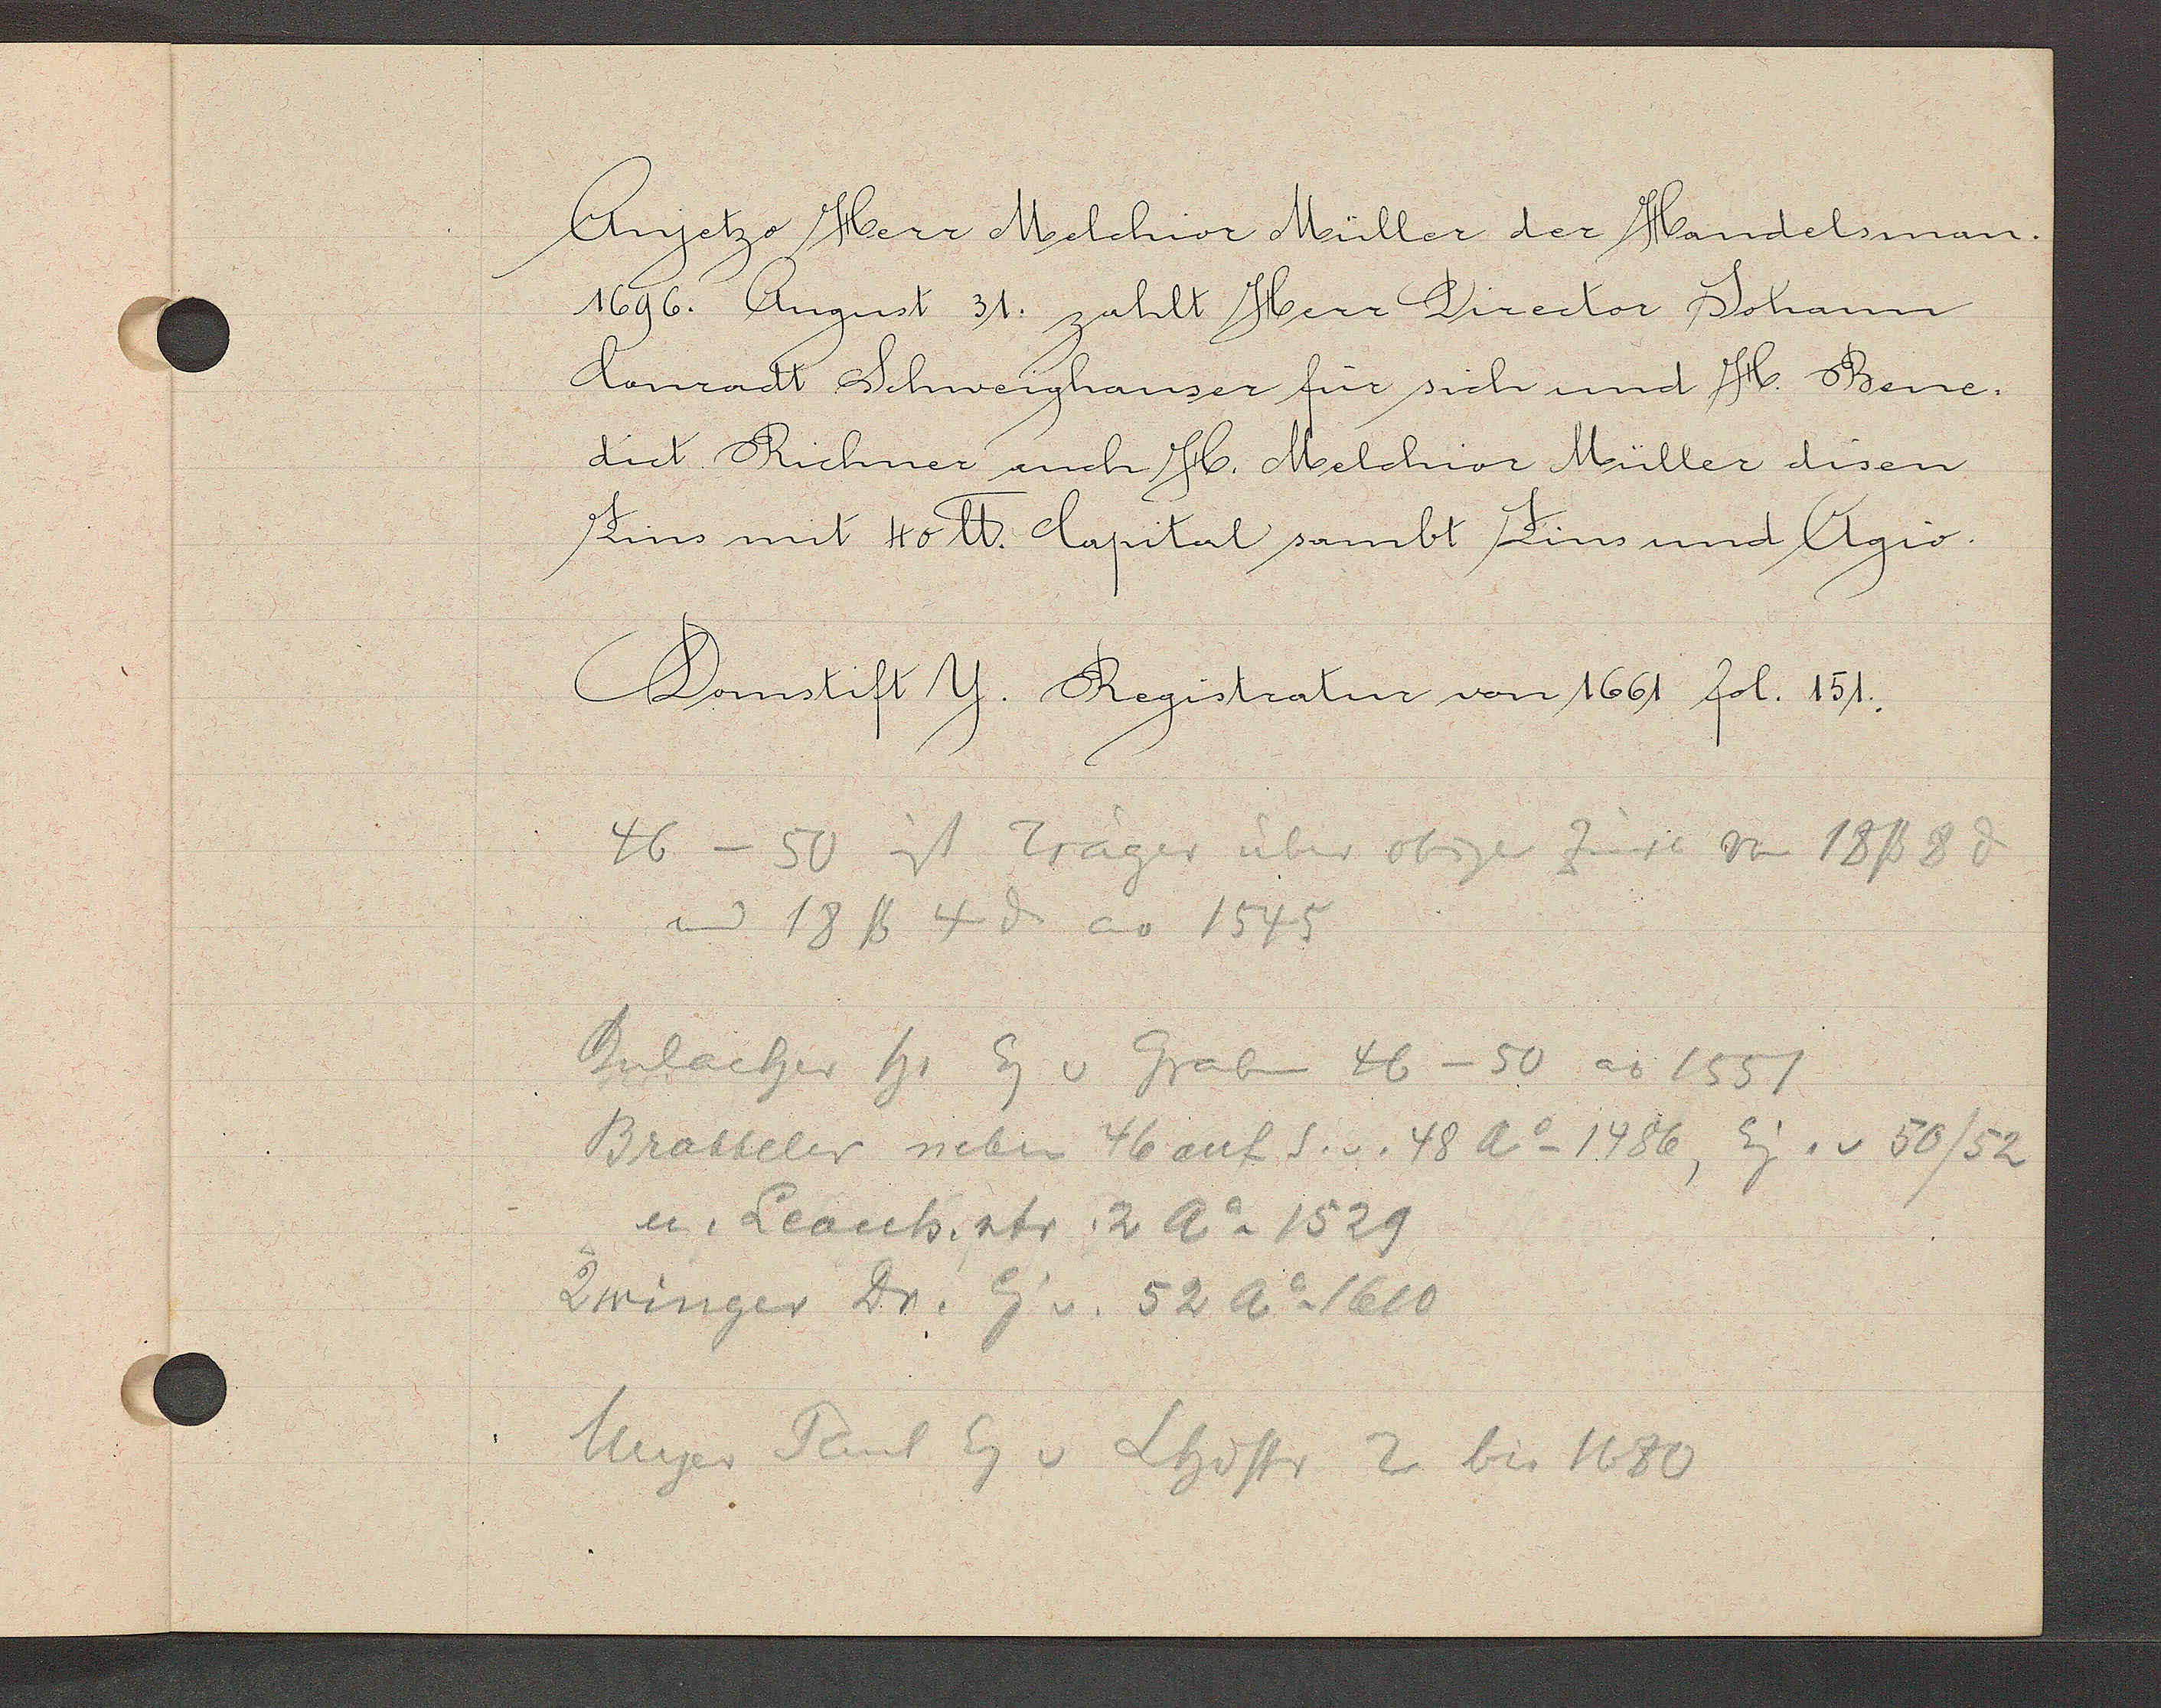
Transcript:
Anjetzo Herr Melchior Müller der Handelsmann.

1696. August 31. zahlt Herr Director Johann
Conradt Schweighauser für sich und H. Bene¬
dict Richner auch H. Melchior Müller disen
Zins mit 40 ℔. Capital sambt Zins und Agio.

Domstift Y. Registratur von 1661 fol. 151.

46 - 50 ist Träger über obigen Zinse von 18ß 8ȡ
um 18 ℔ 4 ȡ ao 1545
Bulacher hs Eg v Graben 46 - 50 ao 1551
Bratteler neben 46 auf S. v. 48 Ao 1486, Eig. v. 50/52
u. Leonh. str. 2 Ao 1529
Zwinger Dr. Eig v. 52 Ao 1610
Meyer Paul Eg v Lhdstr 2 bis 1680